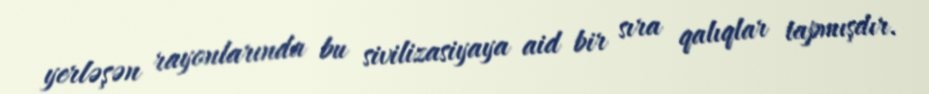
yerləşən rayonlarında bu sivilizasiyaya aid bir sıra qalıqlar tapmışdır.